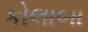
કોલાબા